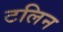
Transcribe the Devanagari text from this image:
टलिन